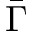
\bar { \Gamma }